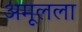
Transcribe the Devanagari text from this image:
अमूलला